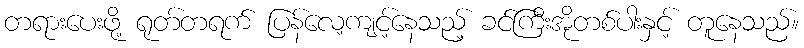
တရားပေးဖို့ ရုတ်တရက် ပြန်လေ့ကျင့်နေသည့် ခင်ကြီးအိုတစ်ပါးနှင့် တူနေသည်။